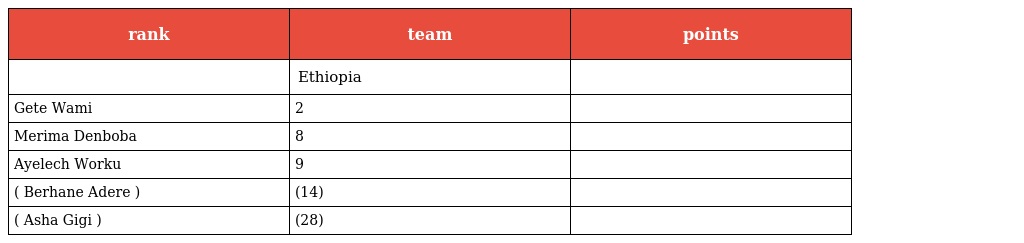
| rank | team | points |
 | --- | --- | --- |
 |  | Ethiopia |  |
 | Gete Wami | 2 |  |
 | Merima Denboba | 8 |  |
 | Ayelech Worku | 9 |  |
 | ( Berhane Adere ) | (14) |  |
 | ( Asha Gigi ) | (28) |  |